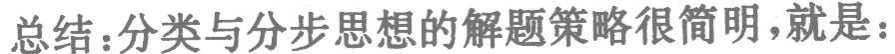
总结：分类与分步思想的解题策略很简明，就是：